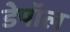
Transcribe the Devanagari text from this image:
डेपॉल